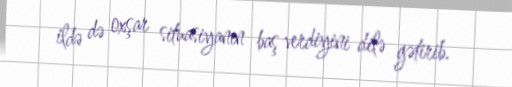
ildə də oxşar situasiyanın baş verdiyini dilə gətirib.